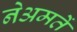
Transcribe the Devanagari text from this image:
नेअमतेें